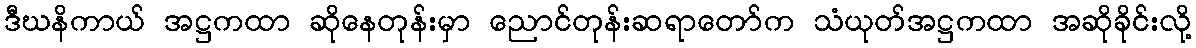
ဒီဃနိကာယ် အဋ္ဌကထာ ဆိုနေတုန်းမှာ ညောင်တုန်းဆရာတော်က သံယုတ်အဋ္ဌကထာ အဆိုခိုင်းလို့